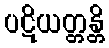
ပဋိယတ္တန္တိ